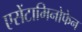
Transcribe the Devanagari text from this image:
एसेंटामिनोफेन